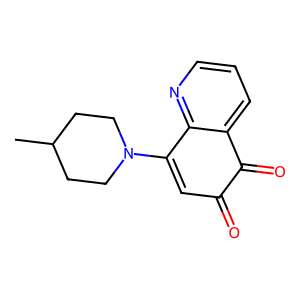
SMILES: CC1CCN(C2=CC(=O)C(=O)c3cccnc32)CC1
Inhibits HIV replication: No